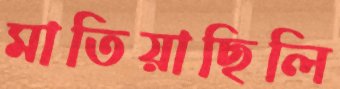
মাতিয়াছিলি